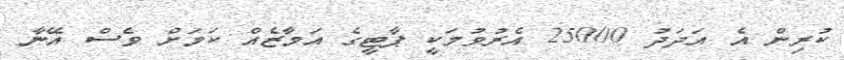
ކުރިން އެ އަދަދު 25000 އެރުވުމަކީ ޕާޓީގެ އަމާޒެއް ކަމަށް ވެސް އޭނާ